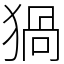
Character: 猧